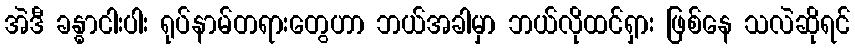
အဲဒီ ခန္ဓာငါးပါး ရုပ်နာမ်တရားတွေဟာ ဘယ်အခါမှာ ဘယ်လိုထင်ရှား ဖြစ်နေ သလဲဆိုရင်